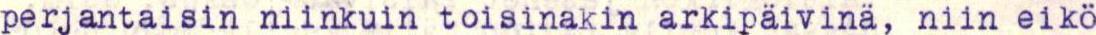
perjantaisin niinkuin toisinakin arkipaivinä, niin eikö